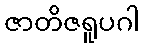
ဇာတိဇရူပဂါ